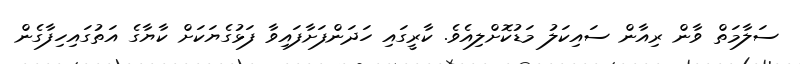
ސަލާމަތް ވާން ރިއާން ސައިކަލު މަޑުކޮށްލިއެވެ. ކާރީގައި ހަދަންފަށާފައިވާ ފަޅުގެޔަކަށް ކާޔާގެ އަތުގައިހިފާގެން